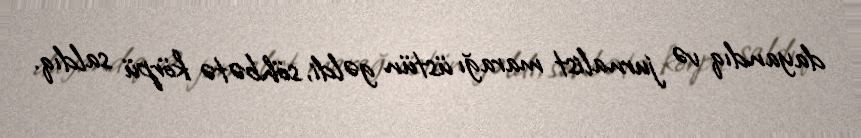
dayandıq və jurnalist marağı üstün gəldi, söhbətə körpü saldıq.